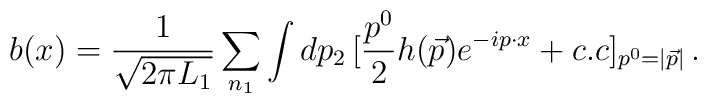
b(x) = {1 \over \sqrt {2\pi L_1}}\sum_{n_1 } \int  d p_2\,[{p^0 \over 2  } h(\vec p)  e^{-ip\cdot x}+ c.c]_{p^0 = |\vec p|}\,.